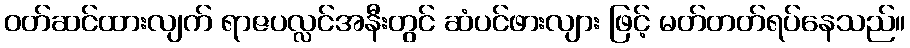
ဝတ်ဆင်ထားလျက် ရာဇပလ္လင်အနီးတွင် ဆံပင်ဖားလျား ဖြင့် မတ်တတ်ရပ်နေသည်။